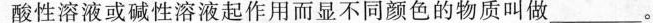
酸性溶液或碱性溶液起作用而显不同颜色的物质叫做___。